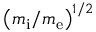
\left( m _ { \mathrm { i } } / m _ { \mathrm { e } } \right) ^ { 1 / 2 }